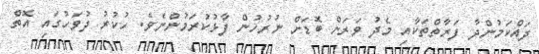
ދައްކަމުންދާ ފަރާތްތަކާއި މެދު ވަރަށް ބޮޑަށް ނުރުހުން ފާޅުކުރަމުންނެވެ. ހުކުރު ދުވަހުގައި އޮތް